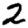
Digit: 2